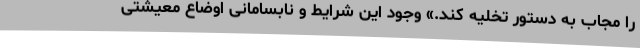
را مجاب به دستور تخلیه کند.» وجود این شرایط و نابسامانی اوضاع معیشتی